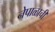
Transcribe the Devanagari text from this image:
नेपाळाची